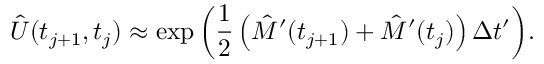
\hat { U } ( t _ { j + 1 } , t _ { j } ) \approx \exp { \left( \frac { 1 } { 2 } \left( \hat { M } ^ { \prime } ( t _ { j + 1 } ) + \hat { M } ^ { \prime } ( t _ { j } ) \right) \Delta t ^ { \prime } \right) } .